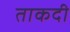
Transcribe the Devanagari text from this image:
ताकदी